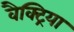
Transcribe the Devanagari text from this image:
वैक्ट्रिया